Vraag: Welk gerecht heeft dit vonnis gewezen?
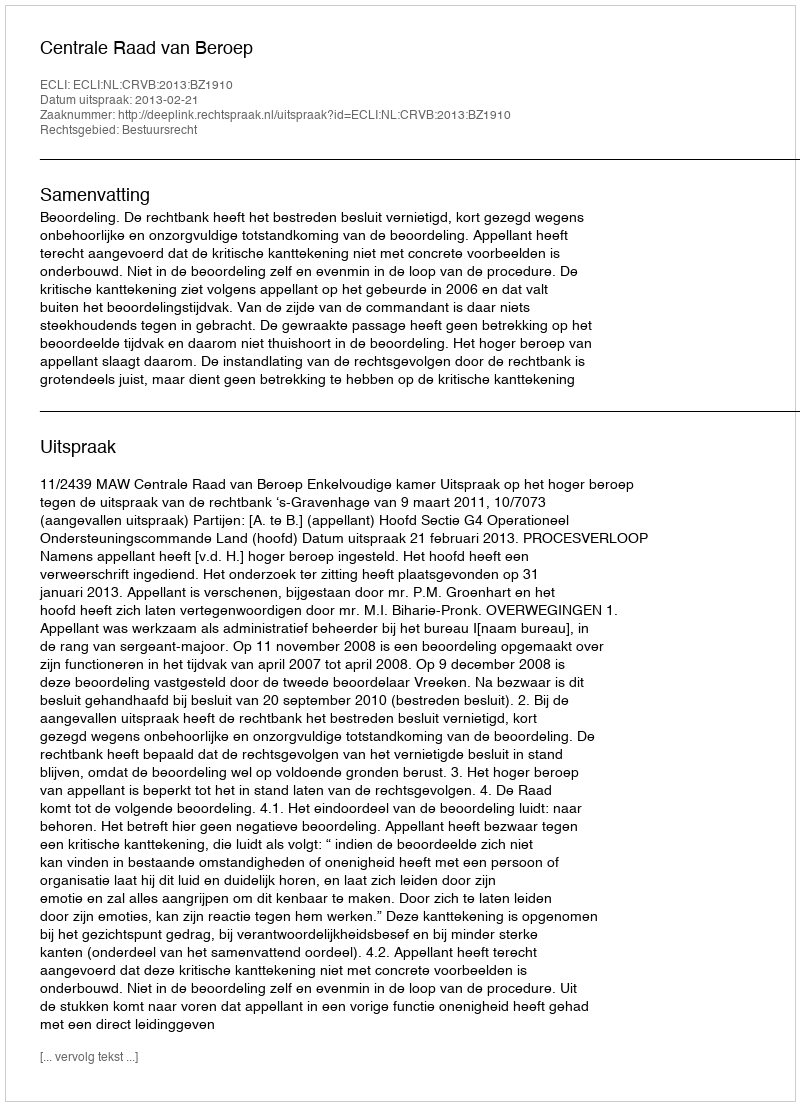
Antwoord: Centrale Raad van Beroep